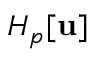
H _ { p } [ \mathbf { u } ]